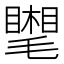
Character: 𣰧